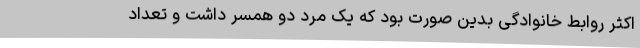
اکثر روابط خانوادگی بدین صورت بود که یک مرد دو همسر داشت و تعداد